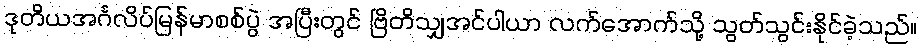
ဒုတိယအင်္ဂလိပ်မြန်မာစစ်ပွဲ အပြီးတွင် ဗြိတိသျှအင်ပါယာ လက်အောက်သို့ သွတ်သွင်းနိုင်ခဲ့သည်။